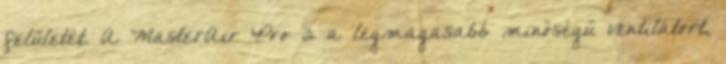
felületét. A MasterAir Pro 3 a legmagasabb minőségű ventilátort,